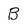
Character: B